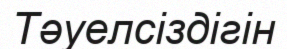
Тәуелсіздігін